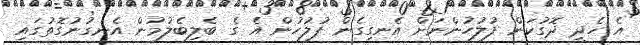
އެ ހެދީ ދޮގުކަން ފުލުހުންނަށް އެނގިގެން ފުލުހުން އެ ގެ ބެލިބެލުމުން އެނގުނުގޮތުގައި